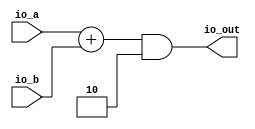
module Jalr(
  input  [31:0] io_a,
  input  [31:0] io_b,
  output [31:0] io_out
);
  wire [31:0] _T_1; // @[Jalr.scala 11:21]
  wire [31:0] sum; // @[Jalr.scala 11:21]
  wire [32:0] _GEN_0; // @[Jalr.scala 12:21]
  wire [32:0] _T_2; // @[Jalr.scala 12:21]
  wire [32:0] _T_3; // @[Jalr.scala 12:21]
  wire [32:0] _T_4; // @[Jalr.scala 12:38]
  assign _T_1 = $signed(io_a) + $signed(io_b); // @[Jalr.scala 11:21]
  assign sum = $signed(_T_1); // @[Jalr.scala 11:21]
  assign _GEN_0 = {{1{sum[31]}},sum}; // @[Jalr.scala 12:21]
  assign _T_2 = $signed(_GEN_0) & $signed(33'shfffffffe); // @[Jalr.scala 12:21]
  assign _T_3 = $signed(_T_2); // @[Jalr.scala 12:21]
  assign _T_4 = $unsigned(_T_3); // @[Jalr.scala 12:38]
  assign io_out = _T_4[31:0]; // @[Jalr.scala 12:13]
endmodule